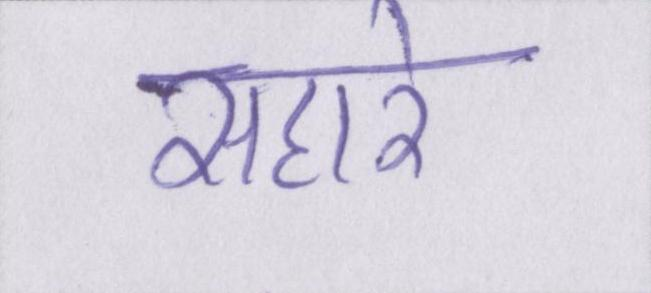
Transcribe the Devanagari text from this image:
सहारे